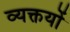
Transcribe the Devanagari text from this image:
व्यक्तयों